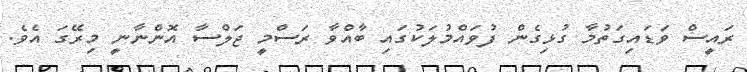
ރައީސް ވަޑައިގަތުމާ ގުޅިގެން ފުވައްމުލަކުގައި ބާއްވާ ރަސްމީ ޖަލްސާ އޮންނާނީ މިރޭގަ އެވެ.